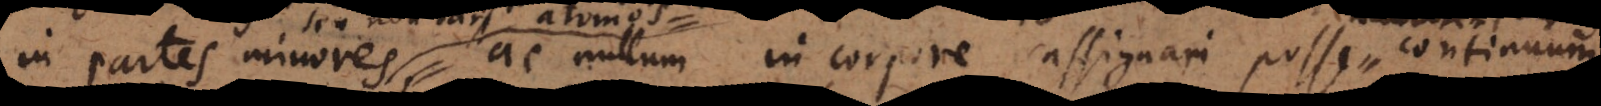
in partes minores, ac nullum in corpore assignari posse continuu